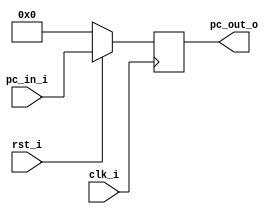
// 0816153
//Subject:     CO project 2 - PC

module ProgramCounter(
    clk_i,
	rst_i,
	pc_in_i,
	pc_out_o
	);
     
//I/O ports
input           clk_i;
input	        rst_i;
input  [32-1:0] pc_in_i;
output [32-1:0] pc_out_o;
 
//Internal Signals
reg    [32-1:0] pc_out_o;
 
//Parameter

    
//Main function
always @(posedge clk_i) begin
    if(~rst_i)
	    pc_out_o <= 0;
	else
	    pc_out_o <= pc_in_i;
end

endmodule